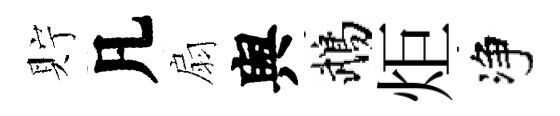
貯凡扇舆鵡炬净